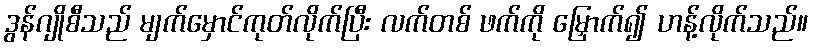
ဒွန်ဂျိုစီသည် မျက်မှောင်ကုတ်လိုက်ပြီး လက်တစ် ဖက်ကို မြှောက်၍ ဟန့်လိုက်သည်။